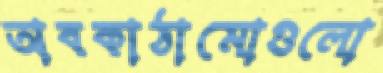
অবকাঠামোগুলো